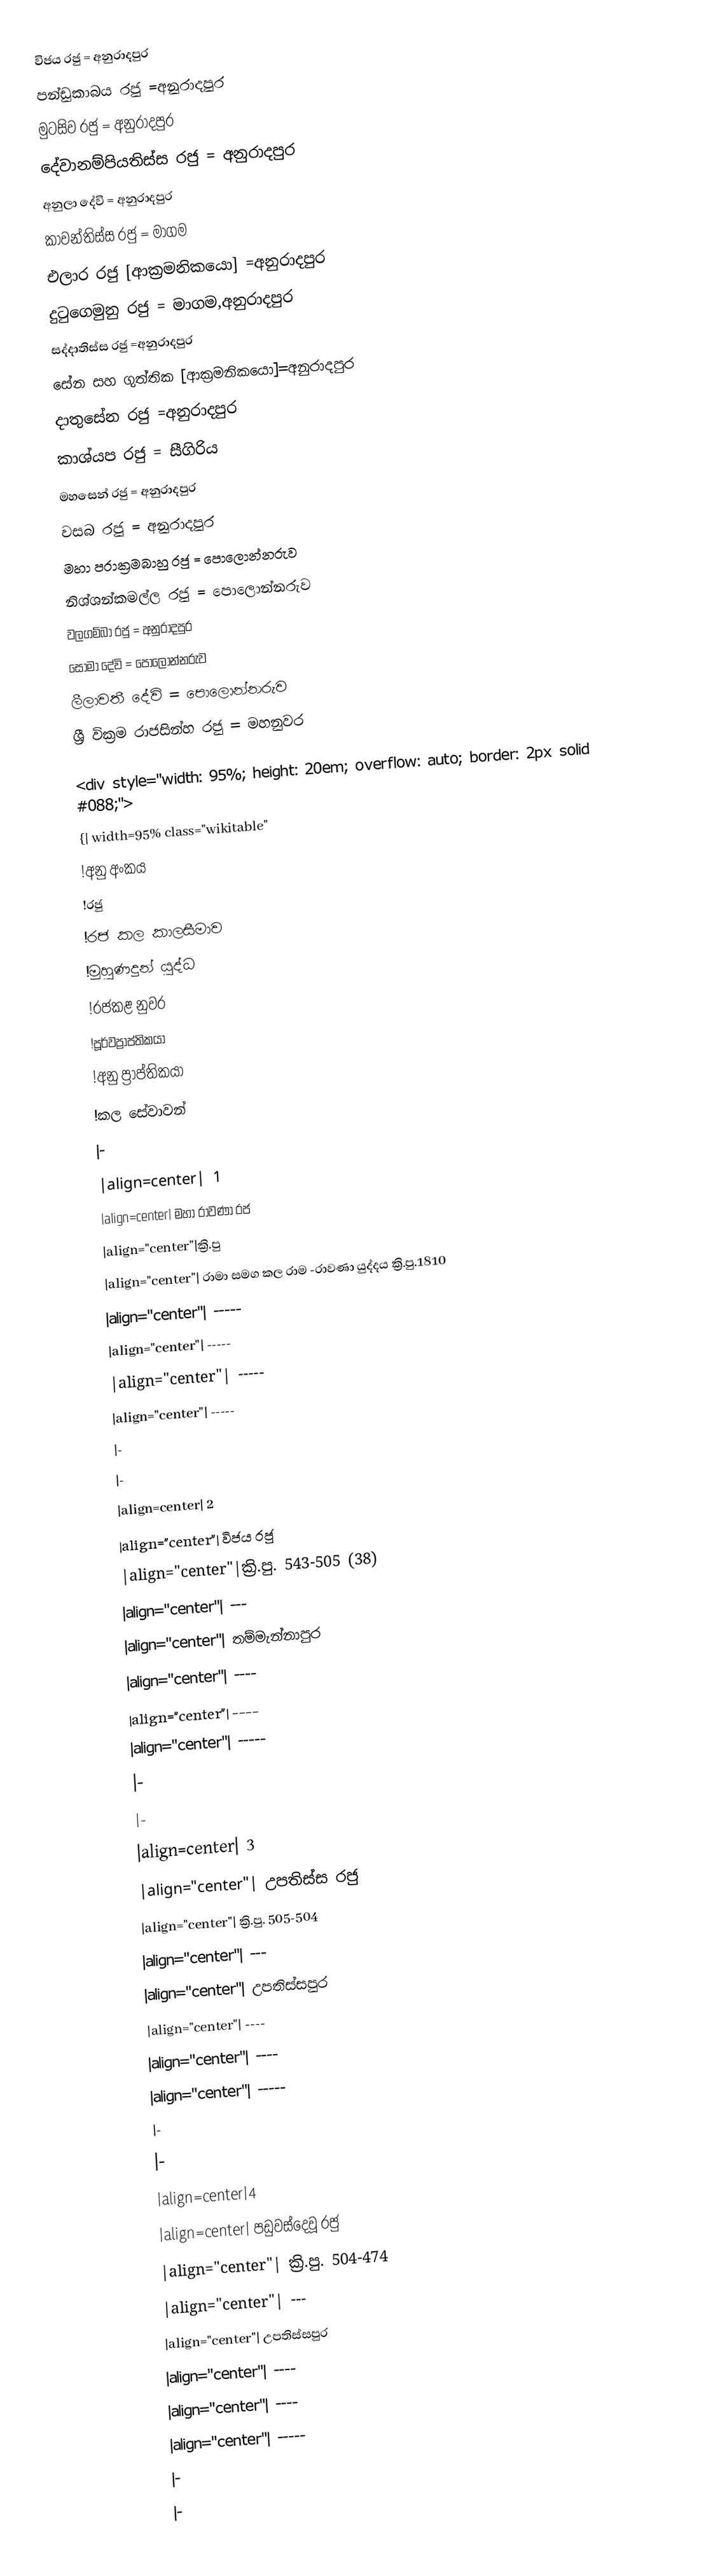
විජය රජු = අනුරාදපුර
පන්ඩුකාබය රජු =අනුරාදපුර
මුටසිව රජු = අනුරාදපුර
දේවානම්පියතිස්ස රජු = අනුරාදපුර
අනුලා දේවි = අනුරාදපුර
 කාවන්තිස්ස රජු = මාගම
එලාර රජු [ආක්‍රමනිකයො] =අනුරාදපුර
දුටුගෙමුනු රජු = මාගම,අනුරාදපුර
සද්දාතිස්ස රජු =අනුරාදපුර
සේන සහ ගුත්තික [ආක්‍රමනිකයො]=අනුරාදපුර
දාතුසේන රජු =අනුරාදපුර
කාශ්යප රජු = සීගිරිය
මහසෙන් රජු = අනුරාදපුර
වසබ රජු = අනුරාදපුර
මහා පරාක්‍රමබාහු රජු = පොලොන්නරුව
නිශ්ශන්කමල්ල රජු = පොලොන්නරුව
වලගම්බා රජු = අනුරාදපුර
සොමා දේවි = පොලොන්නරුව
ලීලාවතී දේවි = පොලොන්නරුව
ශ්‍රී වික්‍රම රාජසින්හ රජු = මහනුවර

<div style="width: 95%; height: 20em; overflow: auto; border: 2px solid #088;">
{| width=95% class="wikitable"
!අනු අංකය
!රජු
!රජ කල කාලසීමාව
!මුහුණදුන් යුද්ධ
!රජකළ නුවර
!පූර්වප්‍රාප්තිකයා
!අනු ප්‍රාප්තිකයා
!කල සේවාවන්
|-
|align=center| 1
|align=center|  මහා රාවණා රජ
|align="center"|ක්‍රි.පු
|align="center"| රාමා සමග කල රාම -රාවණා යුද්දය ක්‍රි.පු.1810
|align="center"| -----
|align="center"| -----
|align="center"| -----
|align="center"| -----
|-
|-
|align=center| 2
|align="center"| විජය  රජු
|align="center"|ක්‍රි.පු. 543-505 (38)
|align="center"| ---
|align="center"| තම්මැන්නාපුර
|align="center"| ----
|align="center"| ----
|align="center"| -----
|-
|-
|align=center| 3
|align="center"| උපතිස්ස රජු
|align="center"| ක්‍රි.පු. 505-504
|align="center"| ---
|align="center"| උපතිස්සපුර
|align="center"| ----
|align="center"| ----
|align="center"| -----
|-
|-
|align=center|4
|align=center| පඩුවස්දෙවූ රජු
|align="center"| ක්‍රි.පු. 504-474
|align="center"| ---
|align="center"| උපතිස්සපුර
|align="center"| ----
|align="center"| ----
|align="center"| -----
|-
|-